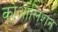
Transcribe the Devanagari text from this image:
कोआलिशन